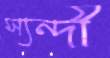
স্যন্দী